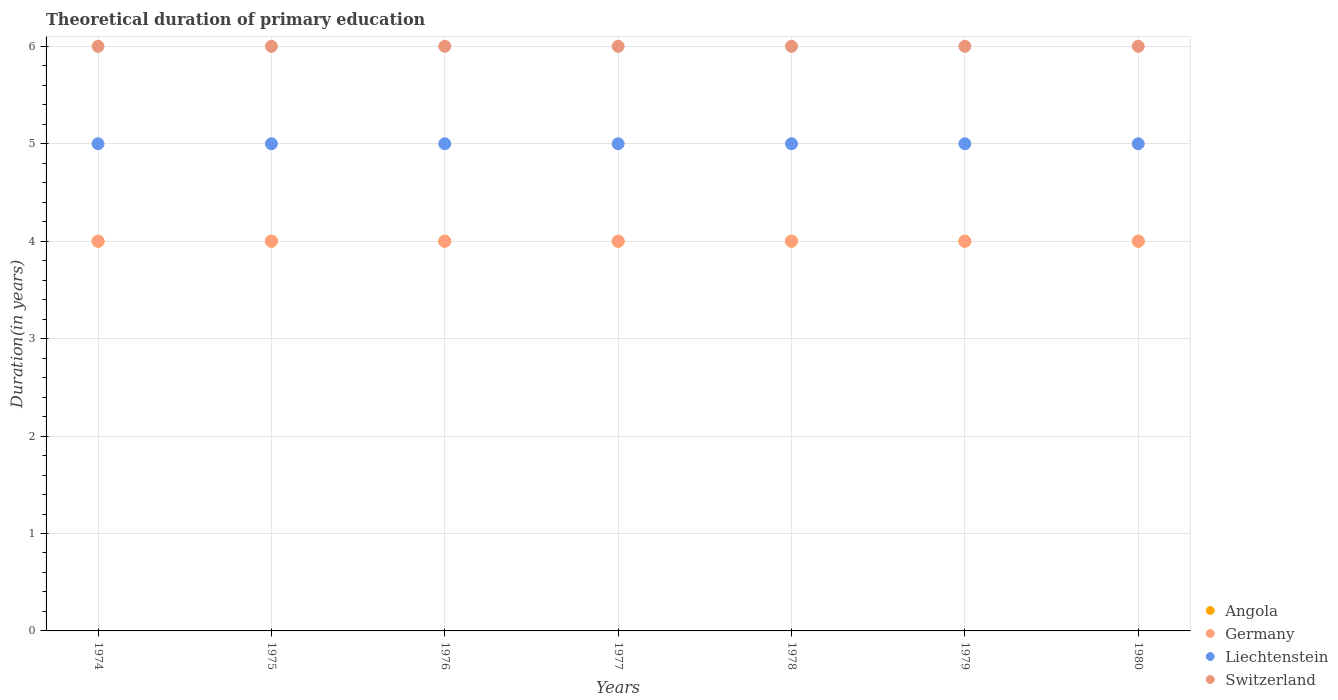
| Years | Angola | Germany | Liechtenstein | Switzerland |
 | --- | --- | --- | --- | --- |
 | 1974 | 4 | 4 | 5 | 6 |
 | 1975 | 4 | 4 | 5 | 6 |
 | 1976 | 4 | 4 | 5 | 6 |
 | 1977 | 4 | 4 | 5 | 6 |
 | 1978 | 4 | 4 | 5 | 6 |
 | 1979 | 4 | 4 | 5 | 6 |
 | 1980 | 4 | 4 | 5 | 6 |